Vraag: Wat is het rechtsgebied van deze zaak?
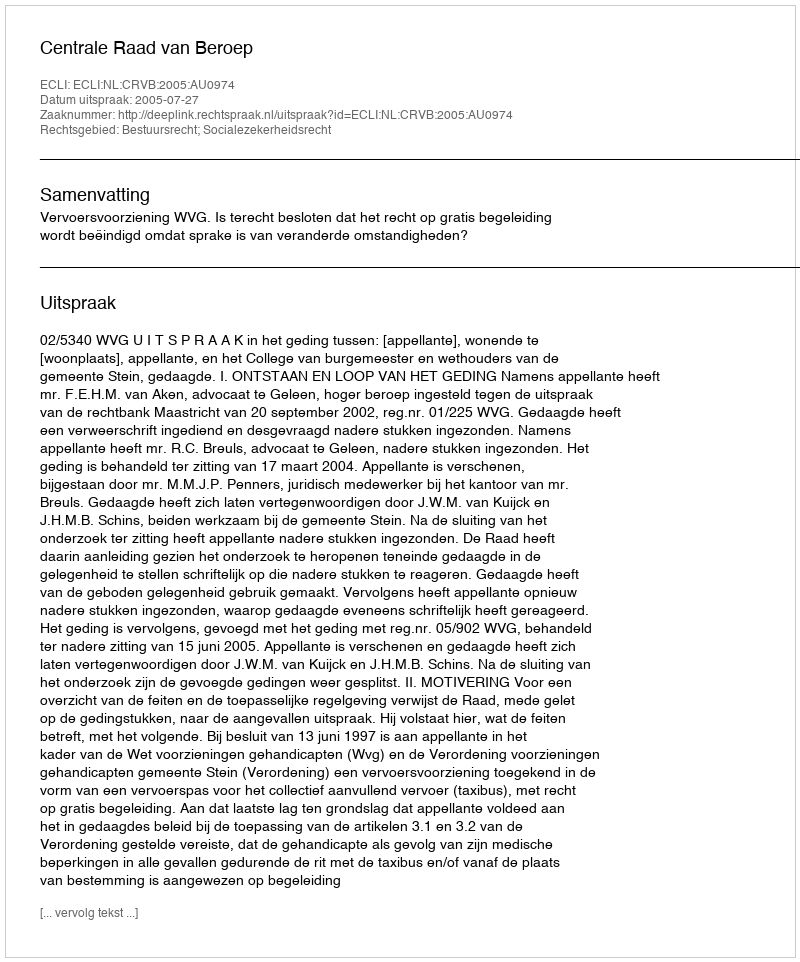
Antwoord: Bestuursrecht; Socialezekerheidsrecht